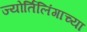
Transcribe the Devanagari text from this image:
ज्‍योर्तिलिंगाच्‍या